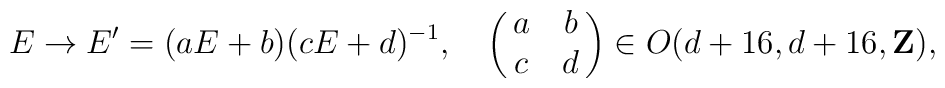
E \rightarrow E^{\prime} = (aE+b)(cE+d)^{-1},\ \ \ \left(\matrix{a & b \cr c & d}\right)\in O(d+16,d+16,{\bf Z}),